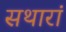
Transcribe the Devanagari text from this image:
सथारां